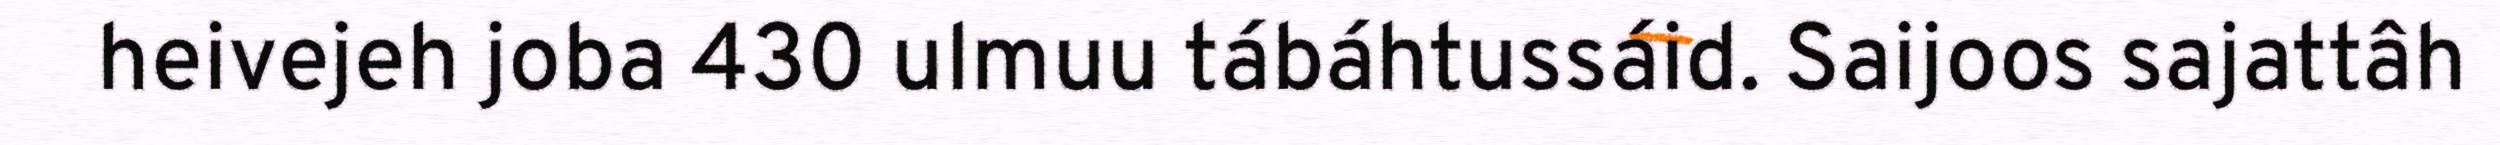
heivejeh joba 430 ulmuu tábáhtussáid. Saijoos sajattâh